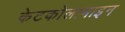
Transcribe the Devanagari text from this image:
केटकोलामाइन